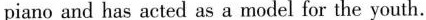
piano and has acted as a model for the youth.